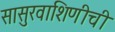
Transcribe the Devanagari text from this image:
सासुरवाशिणीची